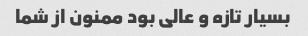
بسیار تازه و عالی بود ممنون از شما